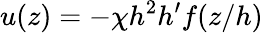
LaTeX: u(z)=-\chi h^{2}h^{\prime}f(z/h)